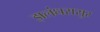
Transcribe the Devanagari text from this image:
झलंधरासुर